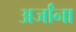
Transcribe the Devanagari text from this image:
अर्जांना